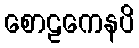
စောဠကေနပိ